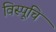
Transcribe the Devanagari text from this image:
विस्पूचि